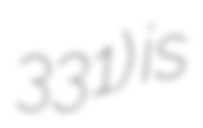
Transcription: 331) is